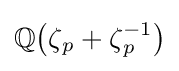
\mathbb {Q} {\big (}\zeta \,\!_{p}+\zeta \,\!_{p}^{-1}{\big )}